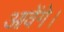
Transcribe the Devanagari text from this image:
आवेंगे।